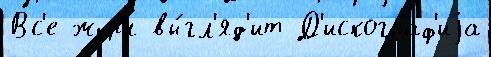
Вс'е журн вы́гл'яд'ит Д'искограф'иjа